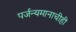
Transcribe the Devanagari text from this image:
पर्जन्यमानाचीही